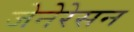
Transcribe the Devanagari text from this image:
जेनेरेसन